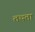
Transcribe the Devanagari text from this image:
तथता